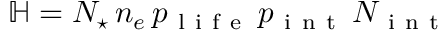
\mathbb H = N _ { \star } \, n _ { e } \, p _ { \mathrm { ~ l ~ i ~ f ~ e ~ } } \, p _ { \mathrm { ~ i ~ n ~ t ~ } } \, N _ { \mathrm { ~ i ~ n ~ t ~ } }